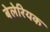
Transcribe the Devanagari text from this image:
बेलेरियक